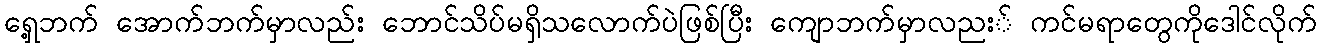
ရှေ့ဘက် အောက်ဘက်မှာလည်း ဘောင်သိပ်မရှိသလောက်ပဲဖြစ်ပြီး ကျောဘက်မှာလညး် ကင်မရာတွေကိုဒေါင်လိုက်